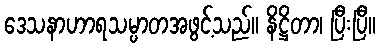
ဒေသနာဟာရသမ္ပာတအဖွင့်သည်။ နိဋ္ဌိတာ၊ ပြီးပြီ။